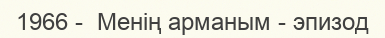
1966 -  Менің арманым - эпизод